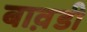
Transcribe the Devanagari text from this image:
बाव़डी